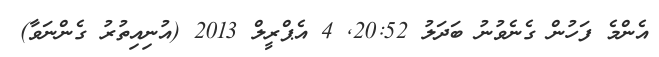
އެންމެ ފަހުން ގެނެވުނު ބަދަލު 20:52